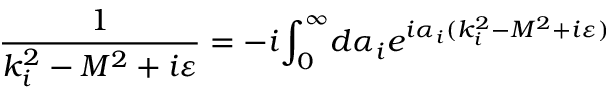
\frac 1 { k _ { i } ^ { 2 } - M ^ { 2 } + i \varepsilon } = - i { \int _ { 0 } ^ { \infty } } d \alpha _ { i } e ^ { i \alpha _ { i } ( k _ { i } ^ { 2 } - M ^ { 2 } + i \varepsilon ) }